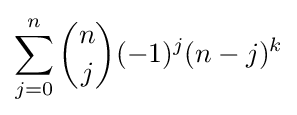
\sum _{j=0}^{n}{\binom {n}{j}}(-1)^{j}(n-j)^{k}